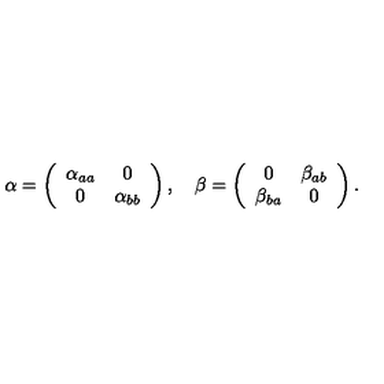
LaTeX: \alpha = \left( \begin{array} { c c } { \alpha _ { a a } } & { 0 } \\ { 0 } & { \alpha _ { b b } } \\ \end{array} \right) , \quad \beta = \left( \begin{array} { c c } { 0 } & { \beta _ { a b } } \\ { \beta _ { b a } } & { 0 } \\ \end{array} \right) .